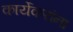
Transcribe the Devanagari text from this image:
कार्येकरांना